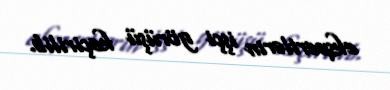
ekspertlərin işçi görüşü keçirilib.